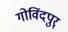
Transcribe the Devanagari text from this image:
गोविंदपुर्